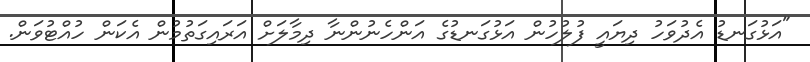
"އަޅުގަނޑު އެދުވަހު ދިޔައީ ފުލުހުން އަޅުގަނޑުގެ އަންހެނުންނާ ދިމާލަށް އަރައިގަތުމުން އެކަން ހުއްޓުވަން.